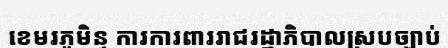
ខេមរភូមិន្ទ ការការពាររាជរដ្ឋាភិបាលស្របច្បាប់